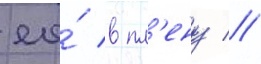
ео́ в пл'ену //